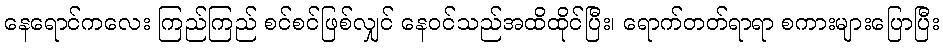
နေရောင်ကလေး ကြည်ကြည် စင်စင်ဖြစ်လျှင် နေဝင်သည်အထိထိုင်ပြီး၊ ရောက်တတ်ရာရာ စကားများပြောပြီး